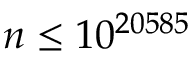
n \leq 1 0 ^ { 2 0 5 8 5 }